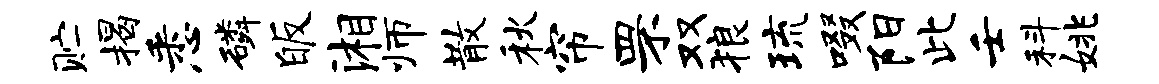
贮揭悉磷皈湘师散秋帘罘双狼琉啜阳此壬科姚